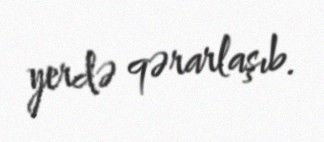
yerdə qərarlaşıb.